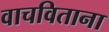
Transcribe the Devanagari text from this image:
वाचविताना